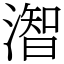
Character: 潪